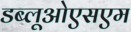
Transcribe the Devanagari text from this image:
डब्लूओएसएम